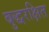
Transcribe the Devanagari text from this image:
बुद्धरक्षित